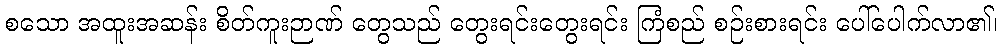
စသော အထူးအဆန်း စိတ်ကူးဉာဏ် တွေသည် တွေးရင်းတွေးရင်း ကြံစည် စဉ်းစားရင်း ပေါ်ပေါက်လာ၏၊